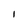
Character: l